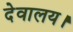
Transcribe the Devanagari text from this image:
देवालय।